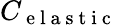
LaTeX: C_{\mathrm{~e~l~a~s~t~i~c~}}